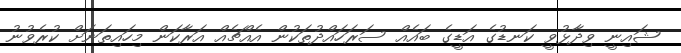
ޝައިނީ ވިދާޅުވީ ކަނޑުގެ އަޑީގެ ބައެއް ސަރަހައްދުތަކުން އެއްޗެއް އަރާކަން މިހައިތަނަށް ކުރެވުނު